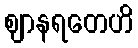
ဈာနရတေဟိ